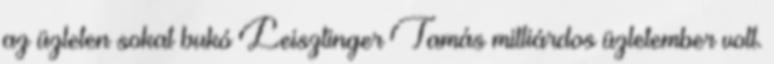
az üzleten sokat bukó Leisztinger Tamás milliárdos üzletember volt.